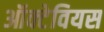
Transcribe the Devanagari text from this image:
ऑक्टेवियस